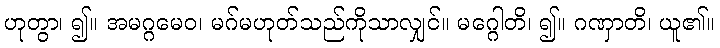
ဟုတွာ၊ ၍။ အမဂ္ဂမေဝ၊ မဂ်မဟုတ်သည်ကိုသာလျှင်။ မဂ္ဂေါတိ၊ ၍။ ဂဏှာတိ၊ ယူ၏။